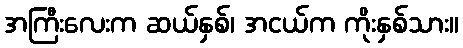
အကြီးလေးက ဆယ်နှစ်၊ အငယ်က ကိုးနှစ်သား။